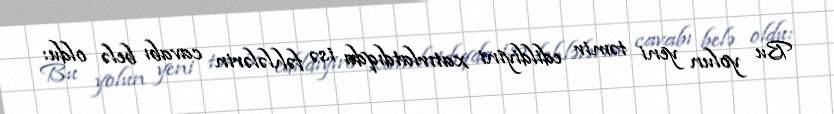
Bu yolun yeni təmir edildiyini xatırlatdıqda isə fəhlələrin cavabı belə oldu: